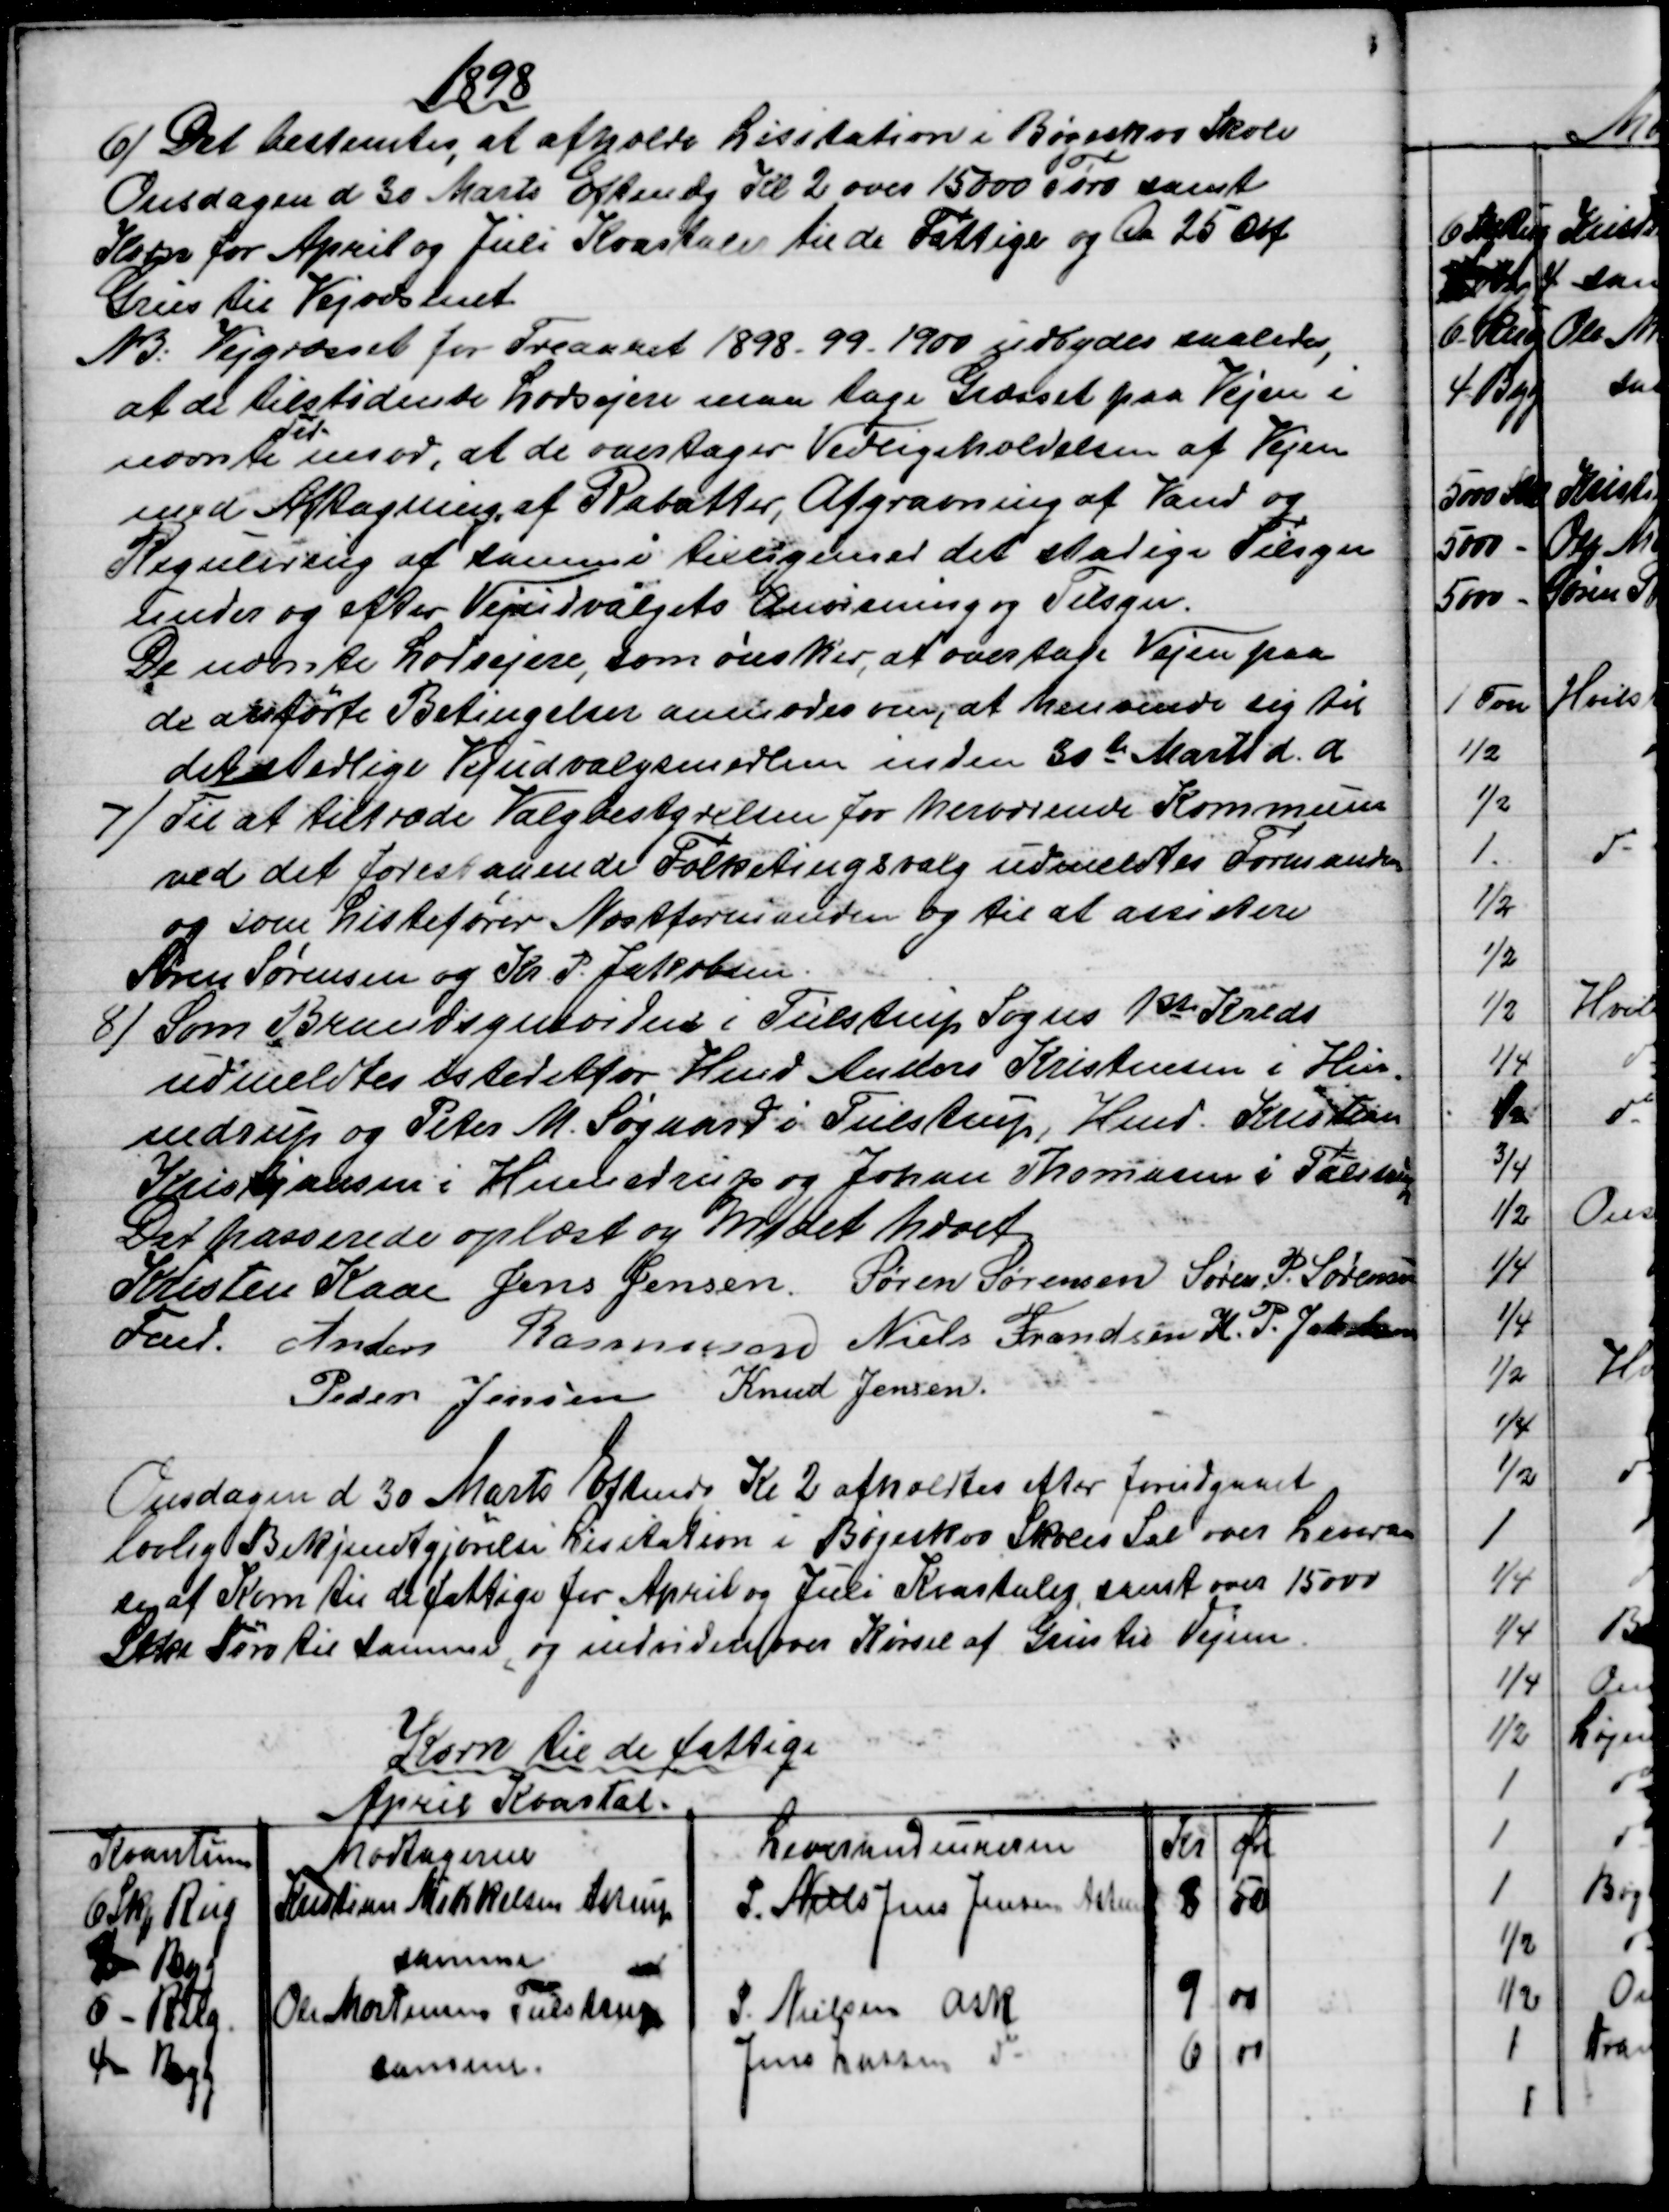
Transskription:
1898
6) 
Det bestemtes, at afholde Lisitation i Bøgeskov Skole
Onsdagen d 30 Marts Eftmdg Kl. 2 over 15000 Tørv samt 
Korn for April og Juli Kvartaler til de Fattige og Ca 25 Qbf
Grus til Vejvæsenet
NB: Vejgræsset for Treaaret 1898 - 99 -1900 udbydes saaledes,
at de tilstidende Lodsejere man tage Græsset paa Vejen i
nævnte
Tid
imod, at de overtager Vedligeholdelsen af Vejen
med Aftagning af Rabatter, Afgravning af Vand og
Regulering af samme tilligemed det stadige Tilsyn
under og efter Vejudvalgets Anvisning og Tilsyn.
De nævnte Lodsejere, som ønsker, at overtage Vejen paa
de anførte Betingelser anmodes om, at henvende sig til
det stedlige Vejudvalgsmedlem inden 30te Marts d. A.
7) 
Til at tiltræde Valgbestyrelsen for herværende Kommune
ved det forestaaende Folketingsvalg udmeldtes Formanden
og som Listefører Næstformanden og til at assistere
Søren Sørensen og Kr. P. Jakobsen.
8) 
Som Brandsynsvidne i Tulstrup Sogns 1st Kreds
udmeldtes istedetfor Hmd Anders Kristensen i Hin-
nedrup og Peter M. Søgaard i Tulstrup, Hmd. Kristian
Kristjansen i Hinnedrup og Johan Thomasen i Tulstrup. 
Det passerede oplæst og Mødet hævet
Kristen Kaae 
Fmd.  
Jens Jensen. Søren Sørensen  Søren P. Sørensen
Anders Rasmussen  Niels Frandsen  K. P. Jakobsen
Peder Jensen  Knud Jensen.
Onsdagen d 30 Marts Eftmd Kl 2 afholdtes efter forudgaaet
lovlig Bekjendtgjørelse Lisitation i Bøgeskov Skoles Sal over Leveran-
se af Korn til de fattige for April og Juli Kvartaler, samt over 15000
Stk Tørv til Samme, og indvidere over Kørsel af Grus til Vejene.
Korn til de fattige
April Kvartal.
Kvantum
Modtagerne
Leverandeurerne
Kr
Øre
6 Skp. Rug
Kristian Mikkelsen Astrup
P. Niels Jens Jensen Astrup
8
50
2 - Byg
samme
6 - Rug
Ole Mortensen Tulstrup
S. Nielsen Ask
9
00
 4 - Byg
samme.
Jens Lassen do
6
00